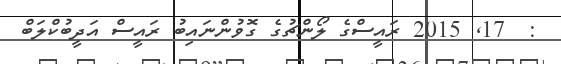
:  17